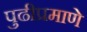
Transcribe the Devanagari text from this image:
पुढीप्रमाणे